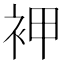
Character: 䘥